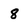
Character: 8